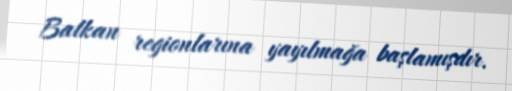
Balkan regionlarına yayılmağa başlamışdır.